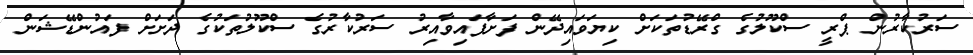
ސަރުކާރުން ޕްރީ ސްކޫލުގެ ގްރޭޑުތަކަށް ކިޔަވައިދޭން ފަށާފައިވާއިރު ސަރުކާރުގެ ސްކޫލުތަކުގެ ދަށަށް ފައުންޑޭޝަން